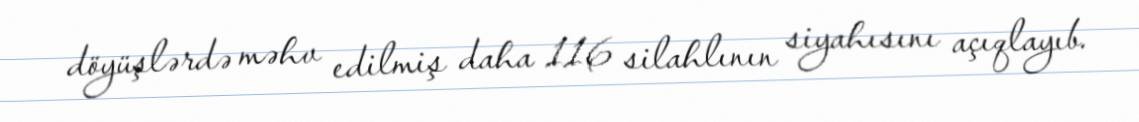
döyüşlərdə məhv edilmiş daha 116 silahlının siyahısını açıqlayıb.